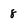
Character: 8